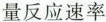
量反应速率